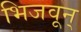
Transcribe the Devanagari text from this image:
भिजवून्